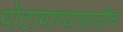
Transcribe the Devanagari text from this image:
पोटापाण्यासाठीच